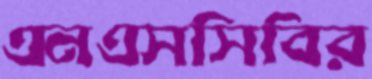
এনএসসিবির